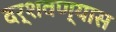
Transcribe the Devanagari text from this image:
दर्शवण्यास